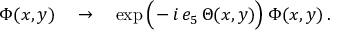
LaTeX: \Phi ( x , y ) \quad \to \quad \exp \Big ( \! - i \, e _ { 5 } \, \Theta ( x , y ) \Big ) \: \Phi ( x , y ) \, .